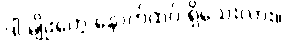
ဒါ မျိုးတွေ နောက်ထပ် ရှိသေးလား။